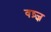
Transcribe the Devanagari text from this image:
वष्र्ज्ञ